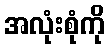
အလုံးစုံကို